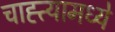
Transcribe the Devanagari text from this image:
चाह्त्यामध्ये